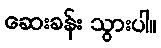
ဆေးခန်း သွားပါ။